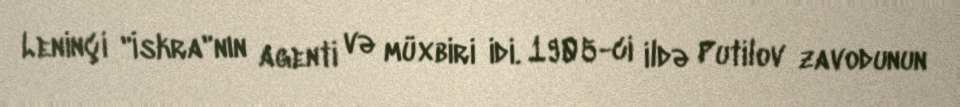
Leninçi "İskra"nın agenti və müxbiri idi. 1905-ci ildə Putilov zavodunun